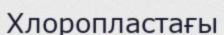
Хлоропластағы